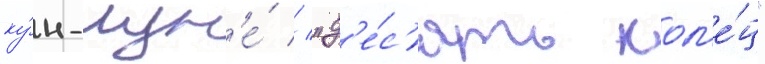
ку́н-лун'е́ // "д'е́с'ять кол'е́ц"